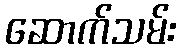
ဆောက်သမ်း